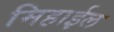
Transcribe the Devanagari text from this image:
मिहाईल